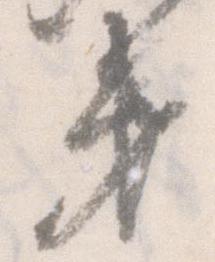
第